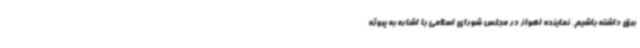
برق داشته باشیم. نماینده اهواز در مجلس شورای اسلامی با اشاره به پروژه